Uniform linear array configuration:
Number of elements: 4
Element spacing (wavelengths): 1
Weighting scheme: blackman
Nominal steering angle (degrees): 45
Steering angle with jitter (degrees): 44.031
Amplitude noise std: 0.05
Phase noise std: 0.05

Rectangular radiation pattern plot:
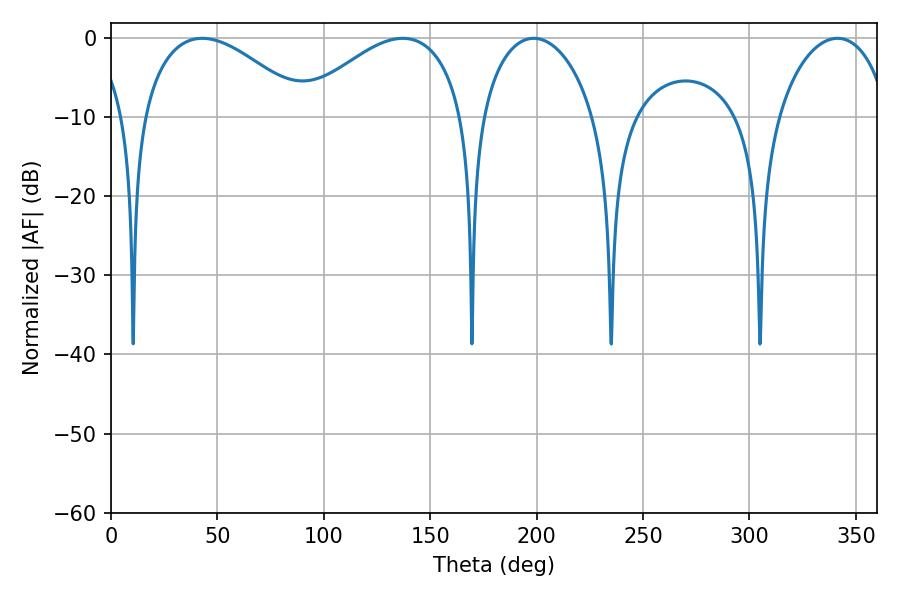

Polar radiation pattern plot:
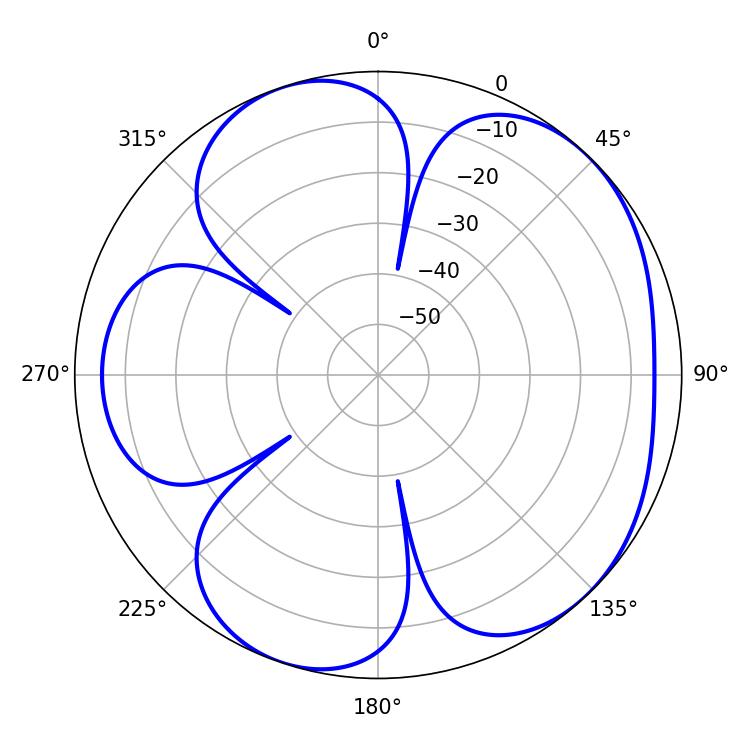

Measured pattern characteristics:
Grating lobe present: TRUE
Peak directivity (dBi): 5.195
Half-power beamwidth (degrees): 42.84
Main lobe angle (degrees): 42.84